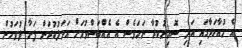
އެ މުއާހަދާގައި އަދި ސޮއިނުކުރާ ނަމަވެސް އެ އެއްބަސްވުމަށް އަމަލުކުރަން ފަށާ ދުވަހުން